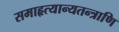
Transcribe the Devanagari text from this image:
समाहृत्यान्यतन्त्राणि